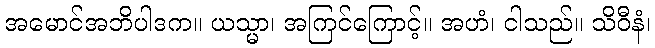
အမောင်အဘိပါဒက။ ယသ္မာ၊ အကြင်ကြောင့်။ အဟံ၊ ငါသည်။ သိဝီနံ၊